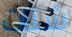
شتات